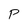
Character: P